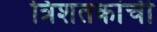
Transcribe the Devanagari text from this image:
त्रिशतकांची